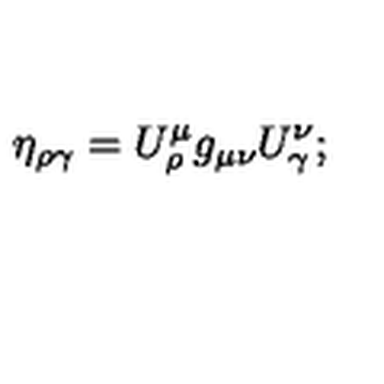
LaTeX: \eta _ { \rho \gamma } = U _ { \rho } ^ { \mu } g _ { \mu \nu } U _ { \gamma } ^ { \nu } ;